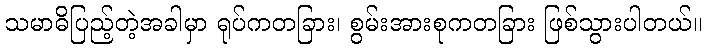
သမာဓိပြည့်တဲ့အခါမှာ ရုပ်ကတခြား၊ စွမ်းအားစုကတခြား ဖြစ်သွားပါတယ်။